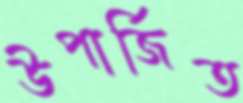
উপার্জিত